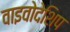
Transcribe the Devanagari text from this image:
वाइवोदेशिप